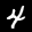
Label: 4